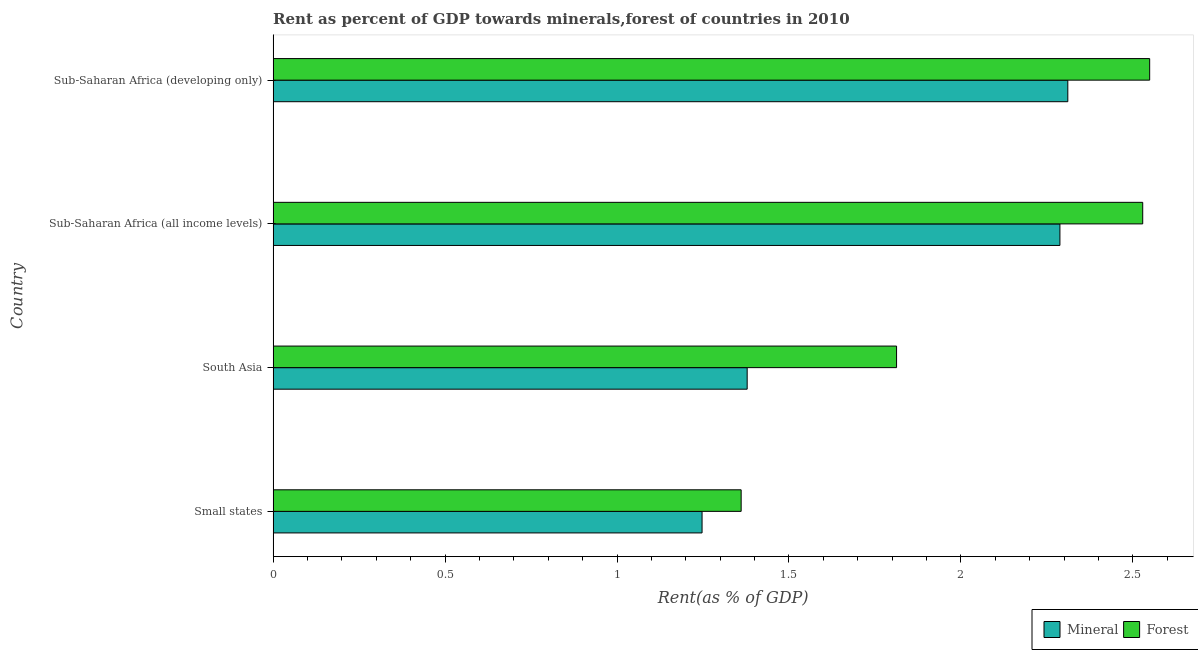
| Country | Mineral | Forest |
 | --- | --- | --- |
 | Small states | 1.25 | 1.36 |
 | South Asia | 1.38 | 1.81 |
 | Sub-Saharan Africa (all income levels) | 2.29 | 2.53 |
 | Sub-Saharan Africa (developing only) | 2.31 | 2.55 |